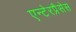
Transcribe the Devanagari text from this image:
एन्टेरप्रैसेस